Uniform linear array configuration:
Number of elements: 16
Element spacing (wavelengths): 0.75
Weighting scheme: hann
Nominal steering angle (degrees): -60
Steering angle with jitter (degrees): -59.991
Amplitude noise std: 0.05
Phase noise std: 0.05

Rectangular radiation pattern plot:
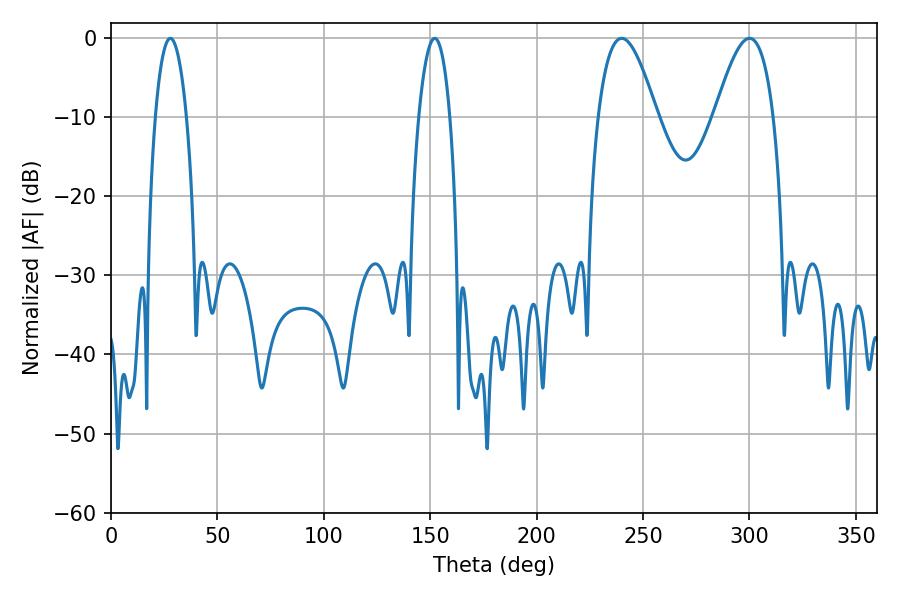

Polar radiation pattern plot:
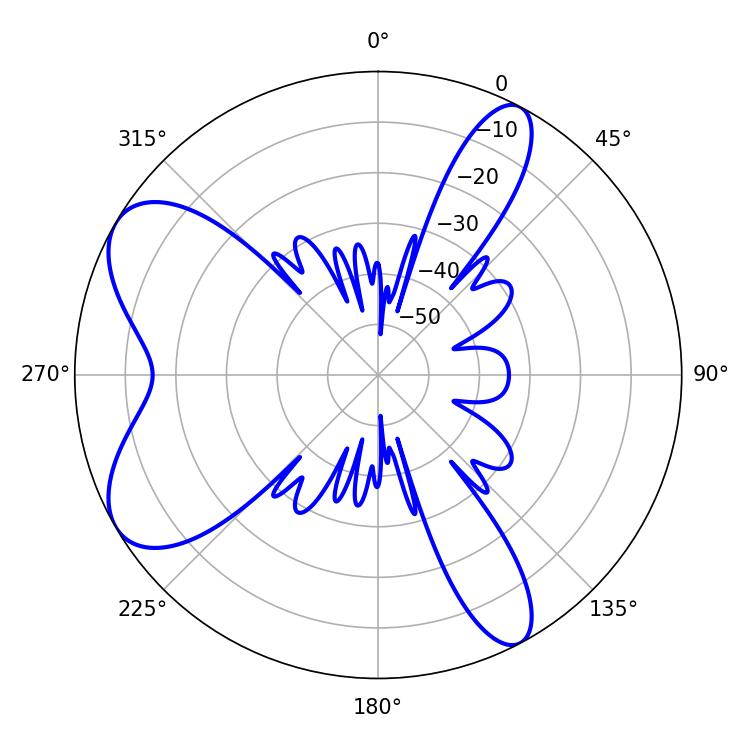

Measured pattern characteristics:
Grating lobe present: TRUE
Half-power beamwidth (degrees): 15.12
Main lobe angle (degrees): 239.94